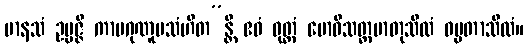
မာနသံ ဥပ္ပဇ္ဇိ ကာမဂုဏူပသံဟိတ”န္တိ ဧဝံ ဝုတ္တံ ဗောဓိသတ္တမာတုသီလံ ဓမ္မတာသီလံ။